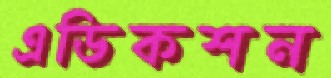
এডিকশন